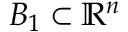
B _ { 1 } \subset \mathbb { R } ^ { n }